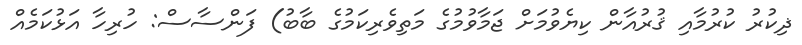
ޛިކުރު ކުރުމާއި ޤުރުއާން ކިޔެވުމަށް ޖަމާވުމުގެ މަތިވެރިކަމުގެ ބާބު) ފަންސާސް: ހުރިހާ އަޅުކަމެއް